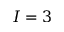
I = 3